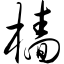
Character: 樯